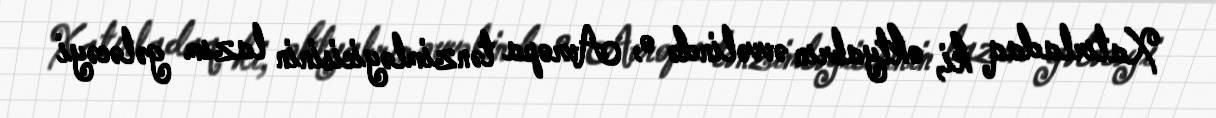
Xatırladaq ki, oktyabrın əvvəlində o, Avropa tənzimləyicisinin lazım gələcəyi